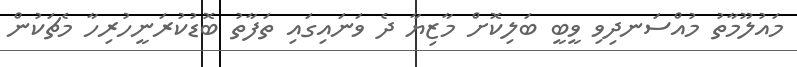
މައުލޫމާތު މުއްސަނދިވި ވީބީ ބަލިކޮށް މާޒިޔާ ދެ ވަނައިގައި ތަފާތު ބޮޑުކުރަނީހުރިހާ މެޗަކުން